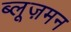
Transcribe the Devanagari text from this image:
ब्लूज़मन